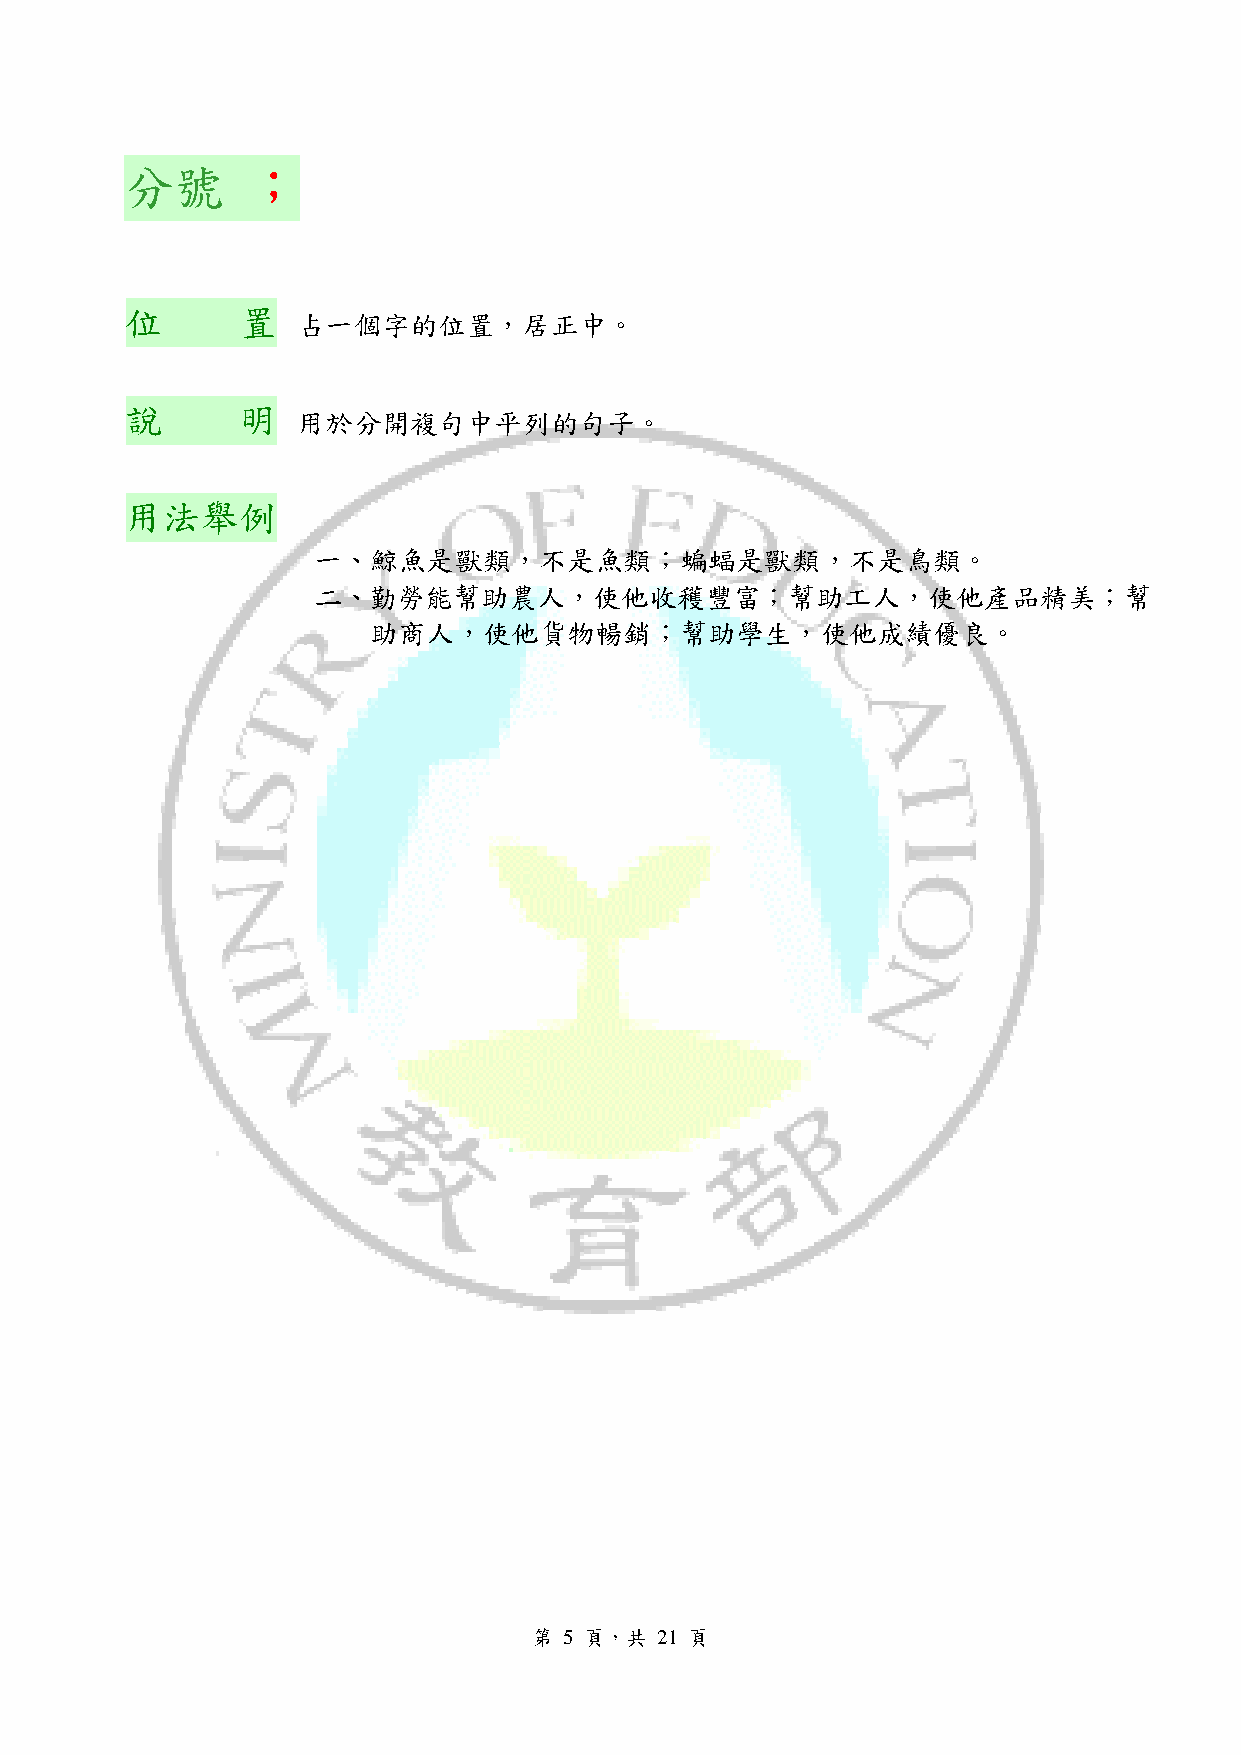
分號      ；
 位       置
 占一個字的位置，居正中。
 說       明
 用於分開複句中平列的句子。
 用法舉例
 一、鯨魚是獸類，不是魚類；蝙蝠是獸類，不是鳥類。
 二、勤勞能幫助農人，使他收穫豐富；幫助工人，使他產品精美；幫
 助商人，使他貨物暢銷；幫助學生，使他成績優良。
 第 5 頁，共 21 頁